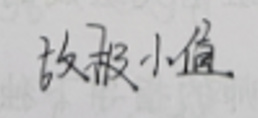
故极小值